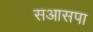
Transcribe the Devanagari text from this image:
सआसपा